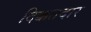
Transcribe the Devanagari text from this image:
दिक्कतदार